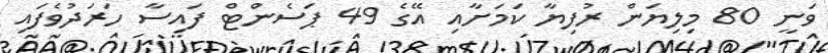
ވަނީ 80 މިލިޔަން ރުފިޔާ ކަމަށާއި އޭގެ 49 ޕަސެންޓް ފައިސާ ހަރަދުވެފައި